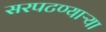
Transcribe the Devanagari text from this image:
सरपटण्याऱ्या